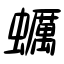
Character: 蠣